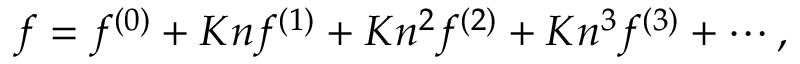
f = { f ^ { ( 0 ) } } + K n { f ^ { ( 1 ) } } + K { n ^ { 2 } } { f ^ { ( 2 ) } } + K { n ^ { 3 } } { f ^ { ( 3 ) } } + \cdots ,